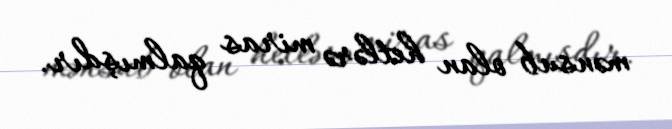
mənsub olan hetlərə miras qalmışdır.